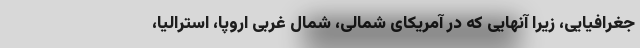
جغرافیایی، زیرا آنهایی که در آمریکای شمالی، شمال غربی اروپا، استرالیا،